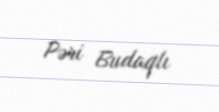
Pəri Budaqlı